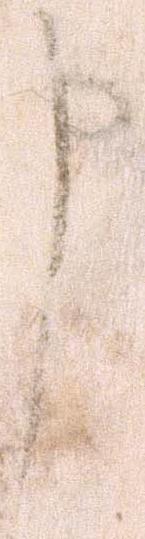
申